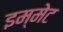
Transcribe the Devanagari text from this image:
इम्मेट